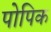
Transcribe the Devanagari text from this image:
पोपिक